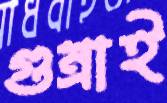
গুম্‌রাই